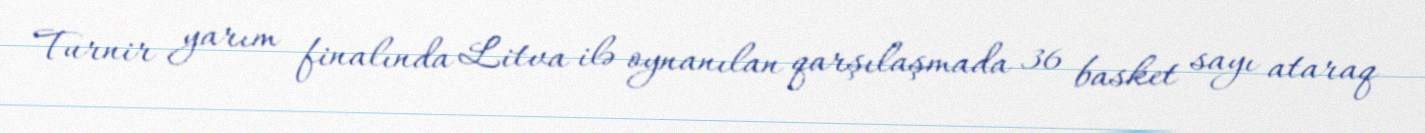
Turnir yarım finalında Litva ilə oynanılan qarşılaşmada 36 basket sayı ataraq